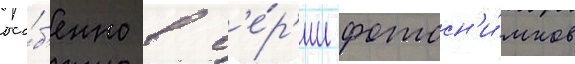
осо́б'енно в с'е́р'ии фотосн'и́мков